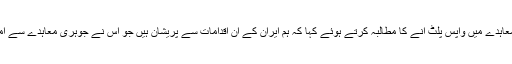
روزماری اے ڈیکارلو نے اسی طرح ایران سے جوہری معاہدے میں واپس پلٹ آنے کا مطالبہ کرتے ہوئے کہا کہ ہم ایران کے ان اقدامات سے پریشان ہیں جو اس نے جوہری معاہدے سے امریکہ کی یکطرفہ دستبرداری کے جواب میں اٹھائے ہیں۔